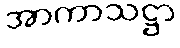
အာကာသဋ္ဌာ